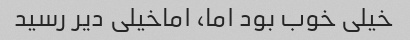
خیلی خوب بود اما، اماخیلی دیر رسید